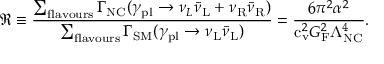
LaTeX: \Re \equiv \frac { \sum _ { \mathrm { f l a v o u r s } } \Gamma _ { \mathrm { N C } } ( \gamma _ { \mathrm { p l } } \to { \nu _ { L } } { \bar { \nu } } _ { \mathrm { L } } + { \nu _ { \mathrm { R } } } { \bar { \nu } } _ { \mathrm { R } } ) } { \sum _ { \mathrm { f l a v o u r s } } \Gamma _ { \mathrm { S M } } ( \gamma _ { \mathrm { p l } } \to { \nu _ { \mathrm { L } } } { \bar { \nu } } _ { \mathrm { L } } ) } = \frac { 6 \pi ^ { 2 } \alpha ^ { 2 } } { \mathrm { c } _ { \mathrm { v } } ^ { 2 } G _ { \mathrm { F } } ^ { 2 } \Lambda _ { \mathrm { N C } } ^ { 4 } } .